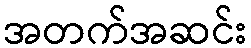
အတက်အဆင်း